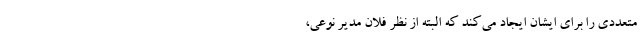
متعددی را برای ایشان ایجاد می‌کند که البته از نظر فلان مدیر نوعی،